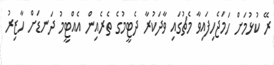
ރޭ ކުޅުމަށް ހަމަޖެހިފައިވާ މެޗުގައި ވާދަކުރާ ދެޓީމުގެ ތެރެއިން އެއްޓީމު ދަނޑަށް ހާޒިރު